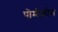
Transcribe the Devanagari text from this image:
पोमीमोन